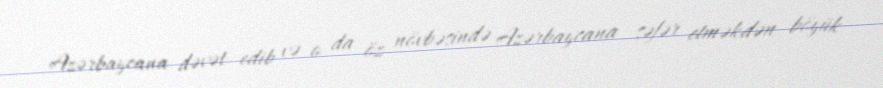
Azərbaycana dəvət edib və o da öz növbəsində Azərbaycana səfər etməkdən böyük